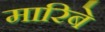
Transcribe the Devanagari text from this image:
मारिबे